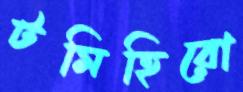
টমিহিরো